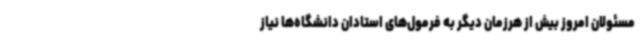
مسئولان امروز بیش از هرزمان دیگر به فرمول‌های استادان دانشگاه‌ها نیاز